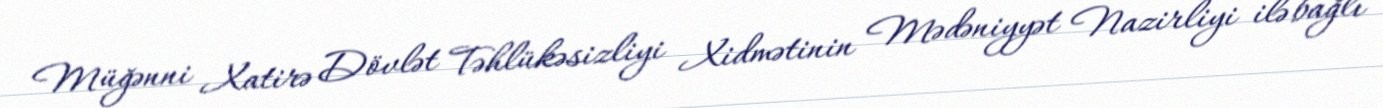
Müğənni Xatirə Dövlət Təhlükəsizliyi Xidmətinin Mədəniyyət Nazirliyi ilə bağlı